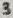
Text: 3